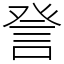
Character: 𧦴